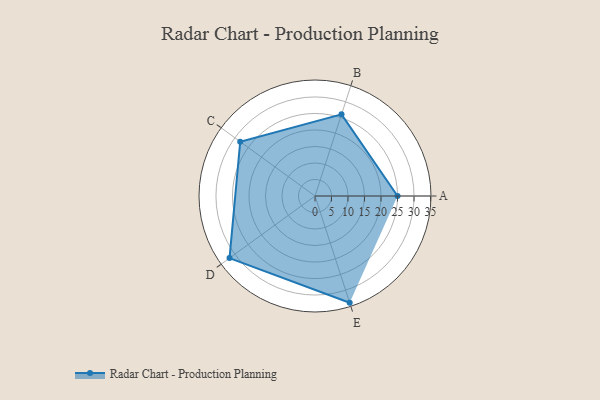
{"axis": {"x": "Skill", "y": "Score"}, "legend": ["Profile"], "data": [{"x": "A", "y": 25.0, "type": "Profile"}, {"x": "B", "y": 26.0, "type": "Profile"}, {"x": "C", "y": 28.0, "type": "Profile"}, {"x": "D", "y": 32.0, "type": "Profile"}, {"x": "E", "y": 34.0, "type": "Profile"}]}